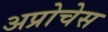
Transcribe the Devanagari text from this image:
अप्रोचेस